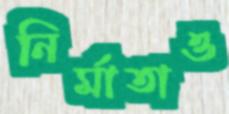
নির্মাতাও